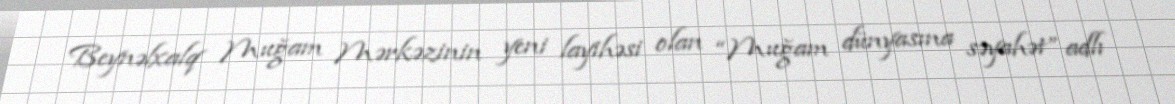
Beynəlxalq Muğam Mərkəzinin yeni layihəsi olan “Muğam dünyasına səyahət” adlı